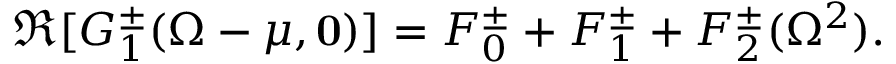
\Re [ G _ { 1 } ^ { \pm } ( \Omega - \mu , { \mathbf 0 } ) ] = F _ { 0 } ^ { \pm } + F _ { 1 } ^ { \pm } + F _ { 2 } ^ { \pm } ( \Omega ^ { 2 } ) .